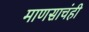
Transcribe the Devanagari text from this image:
माणसाचंही